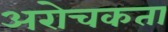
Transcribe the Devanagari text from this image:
अरोचकता